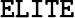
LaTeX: \texttt{ELITE}